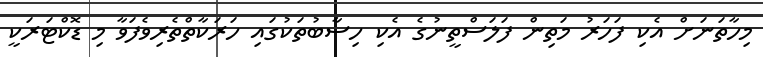
މިހާތަނަށް އެކި ފަހަރު މަތިން ފަލަސްތީނުގެ އެކި ހިސާބުތަކުގައި ހަރަކާތްތެރިވެފަވާ މި ޑޮކްޓަރަކީ